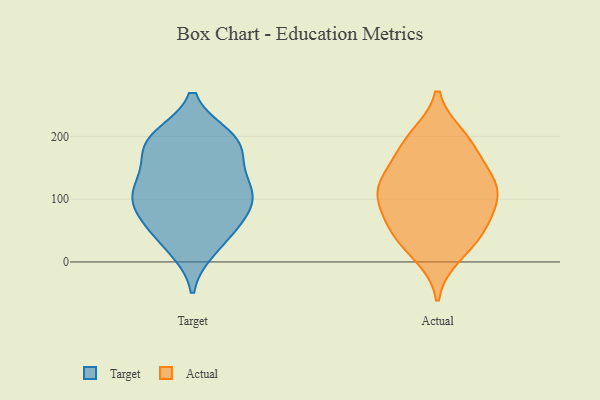
{"axis": {"x": "Budget (USD K)", "y": "Value"}, "legend": ["Actual", "Target"], "data": [{"x": "", "y": 112, "type": "Target"}, {"x": "", "y": 72, "type": "Target"}, {"x": "", "y": 21, "type": "Target"}, {"x": "", "y": 199, "type": "Target"}, {"x": "", "y": 120, "type": "Target"}, {"x": "", "y": 58, "type": "Target"}, {"x": "", "y": 104, "type": "Target"}, {"x": "", "y": 61, "type": "Target"}, {"x": "", "y": 182, "type": "Target"}, {"x": "", "y": 108, "type": "Target"}, {"x": "", "y": 197, "type": "Target"}, {"x": "", "y": 139, "type": "Target"}, {"x": "", "y": 193, "type": "Target"}, {"x": "", "y": 83, "type": "Target"}, {"x": "", "y": 27, "type": "Target"}, {"x": "", "y": 113, "type": "Target"}, {"x": "", "y": 191, "type": "Target"}, {"x": "", "y": 167, "type": "Target"}, {"x": "", "y": 125, "type": "Actual"}, {"x": "", "y": 42, "type": "Actual"}, {"x": "", "y": 187, "type": "Actual"}, {"x": "", "y": 95, "type": "Actual"}, {"x": "", "y": 12, "type": "Actual"}, {"x": "", "y": 198, "type": "Actual"}, {"x": "", "y": 133, "type": "Actual"}, {"x": "", "y": 103, "type": "Actual"}, {"x": "", "y": 39, "type": "Actual"}, {"x": "", "y": 187, "type": "Actual"}, {"x": "", "y": 54, "type": "Actual"}, {"x": "", "y": 137, "type": "Actual"}, {"x": "", "y": 116, "type": "Actual"}, {"x": "", "y": 79, "type": "Actual"}]}